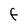
Character: f